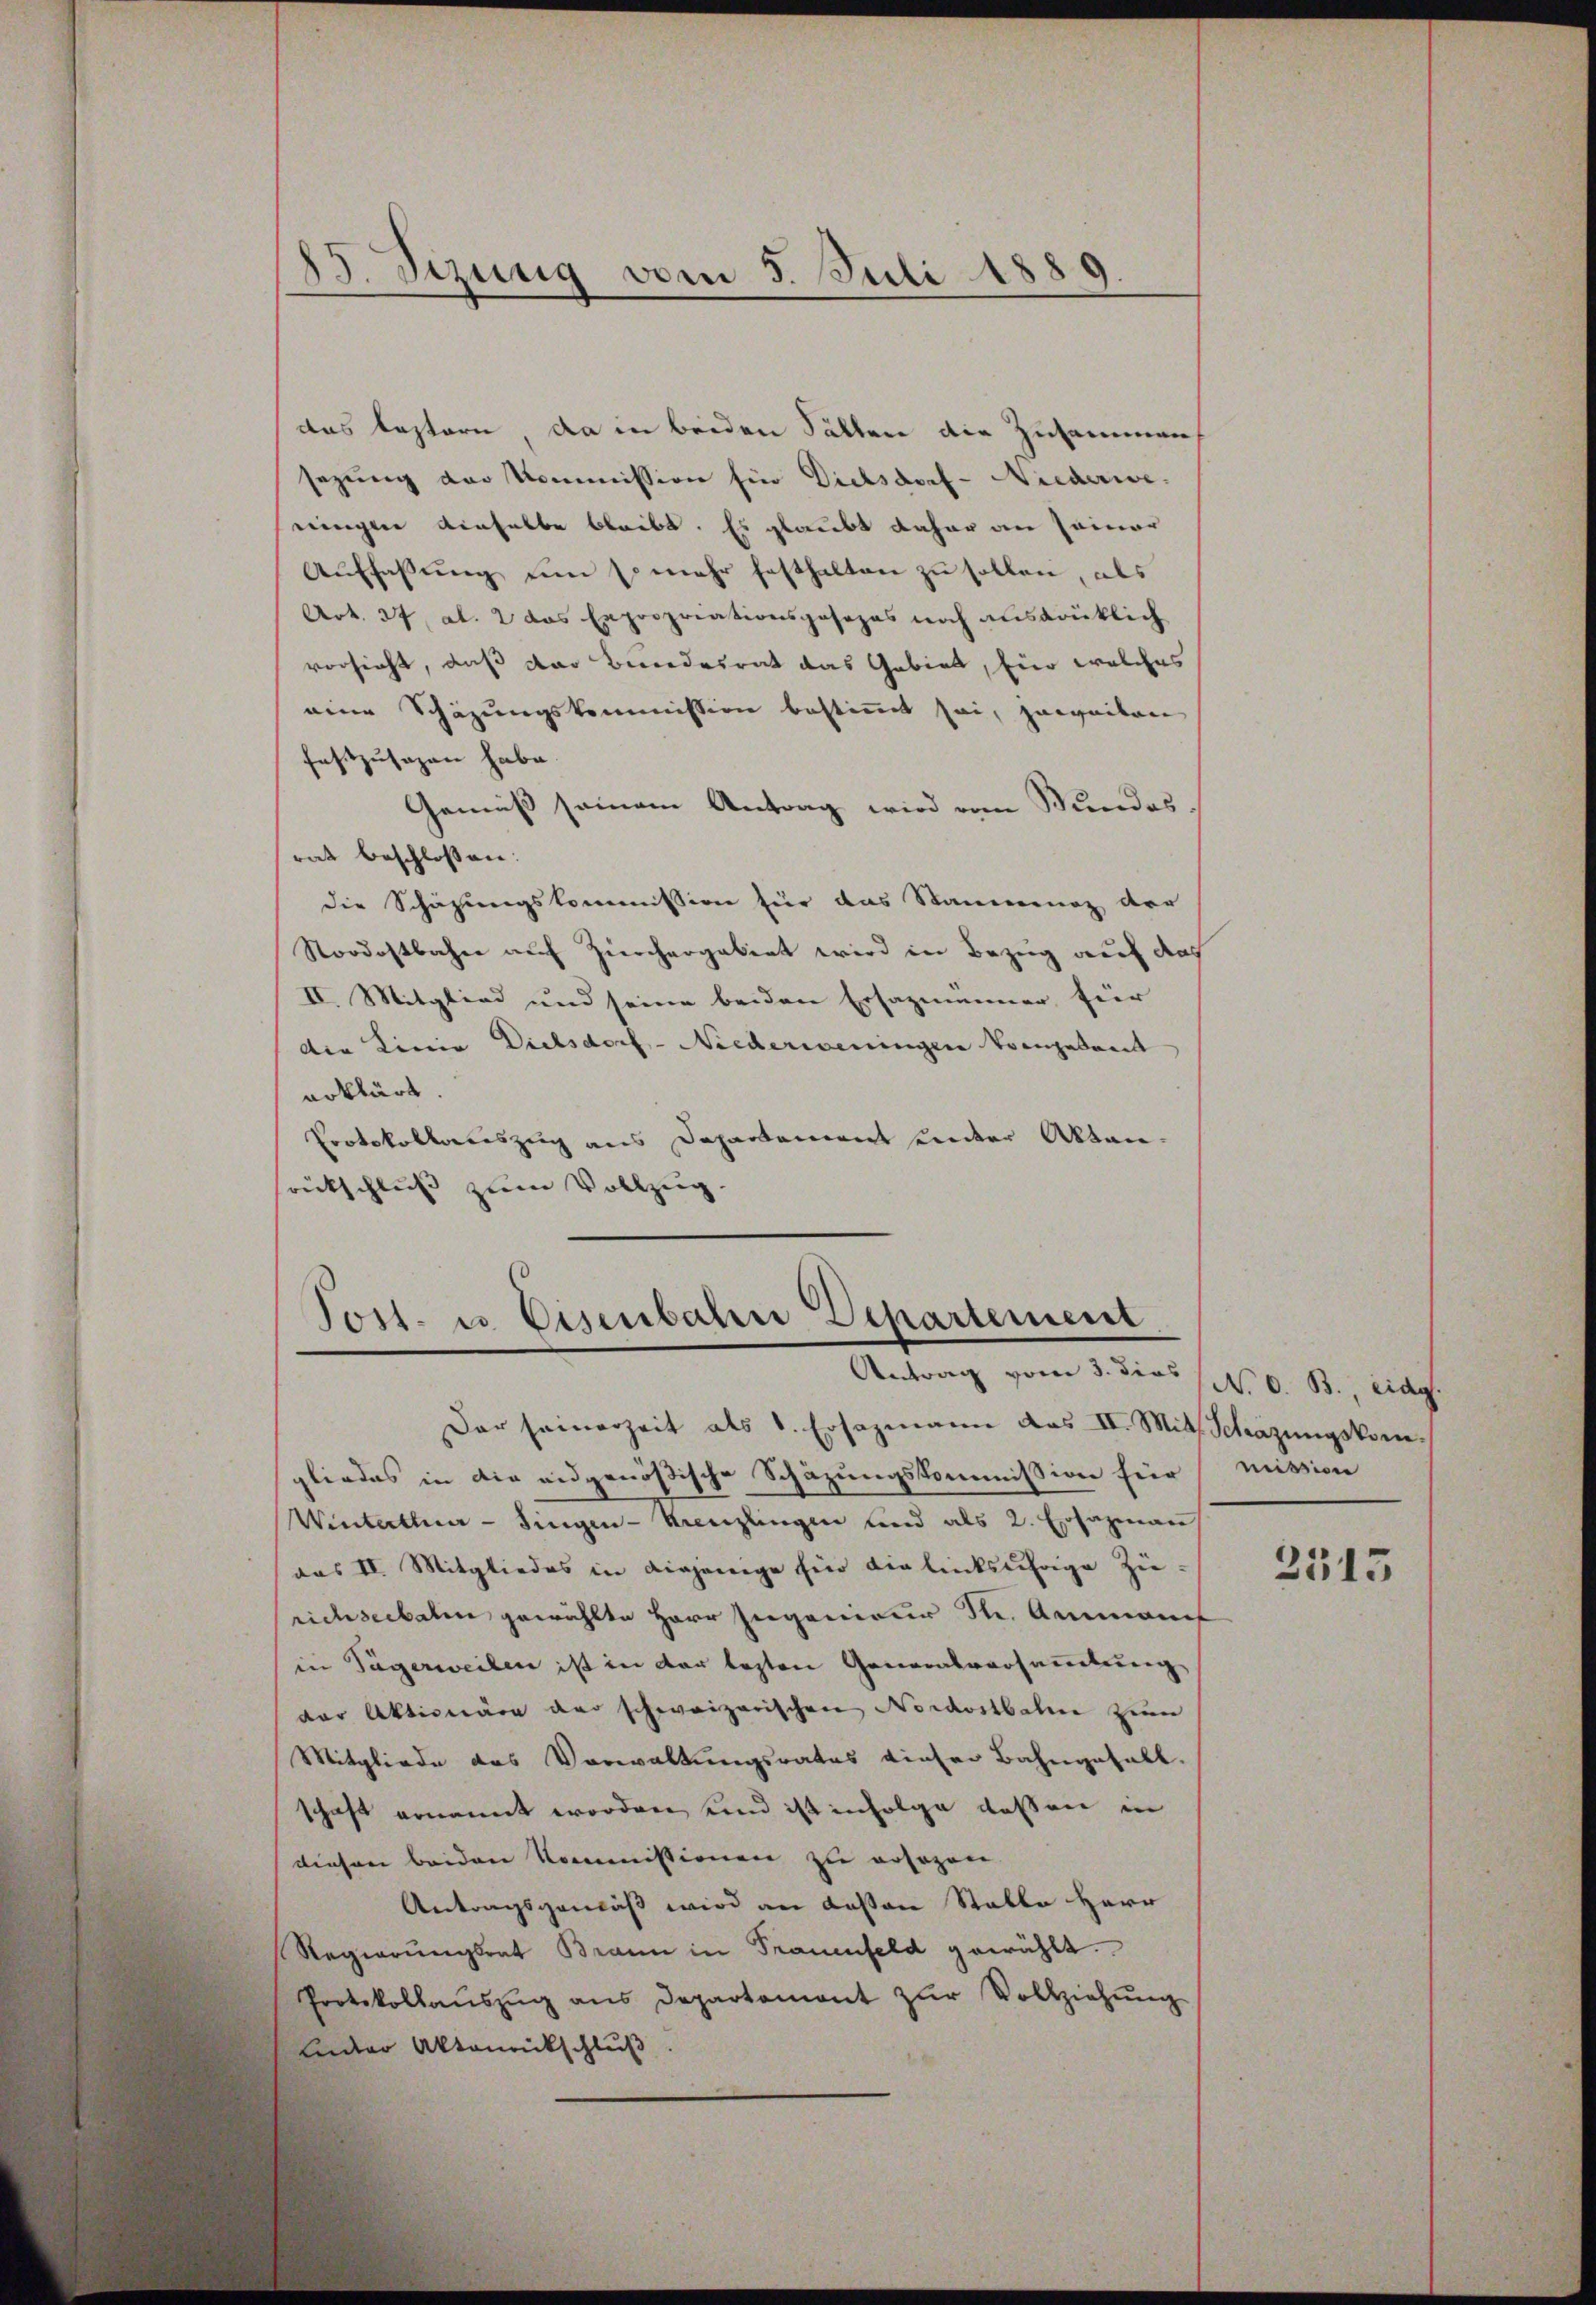
85. Sizung vom 5. Juli 1889

das leztern, da in beiden Fällen die Zusammen
sezung der Kommission für Dielsdorf- Niederwe
eeinigten denselbe bleibt. Es glaubt daher an seiner
Aŭffassŭng ŭm so mehr festhalten zu sollen, als
Art. 27, al. 2 das Expropriationsposezes noch ausdrücklich
vorsicht, daß das Bundesrat das Gebiet, fier welches
eine Schäzungskommission bestimmt sei, zuweiten
festzusagen habe.
Gemäß seinem Antrag wird vom Wundes
rat beschlossen:
die Schazungskommission für das Stammung der
Stordostbahn auf Zürchergebert wird in Bezug auf das
II. Mitglied und seine beiden Ersazmänner für
Die Konia Dielsdorf-Niederweningen Vorgetreit
erklärt.
Protokollaceszug aus Departement unter Aktensrückschluß zum Vollzug.

Post. u. Eisenbahre Departement.
Antrag vom 3. dies (N. O. B. eidg.

Dar seinerzeit als 1. Ersazmann das II. Mit Schäzŭngskom-
gliedes in die eidgenößische Schazungskommission für mission
Winterthur - Singen-Kreuzlingen und als 2. Ersazman
aus II. Mitgliedes in diejenige für die linksjährige Zierichseebaten gewählte Herr Ingenieur S. Ammanis
in Tägerweilen ist in der lezten Generalversammlung
der Aktionäre der schweizerischen Nordostbahne zu
Mitgliede das Vorwaltungsrates dieser Bahngefall.
schaft ernannt worden und ist infolge dessen in
diesen beiden Kommissionen zu ersagen.
Antragsgemäß wird an deßen Statte Herr
Regierŭngsrat Brann in Trauenfeld gewählt.
Protokollaŭszŭg ans Departamont zŭr Vollziehŭng
Linder Aktenrückschluß

2513